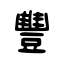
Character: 豐